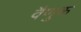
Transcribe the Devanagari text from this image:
वैणुक